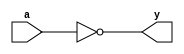
// input external delay: 4 ns
// in delay: 0.011365 ns
// input delay: 0.010861 ns
// output delay: 0.175128 ns
// out delay: 0.000627 ns
// total extra delay: 4.197981 ns
// critical path time: 4.764360 ns
// total inverter delay needed: 4.764360 - 4.197981 = 0.566379 ns
// average one inverter delay: 0.03012 ns
// inverters needed: 14

module inverter(input wire a, output wire y);
    not (y, a);
endmodule

module frontend_replica(input wire in, output wire out);
	wire [12:0] interconnections; // Wires to connect inverters

    // Instantiate 14 inverters and chain them
	inverter inv0(in, interconnections[0]);
	inverter inv1(interconnections[0], interconnections[1]);
	inverter inv2(interconnections[1], interconnections[2]);
	inverter inv3(interconnections[2], interconnections[3]);
	inverter inv4(interconnections[3], interconnections[4]);
	inverter inv5(interconnections[4], interconnections[5]);
	inverter inv6(interconnections[5], interconnections[6]);
	inverter inv7(interconnections[6], interconnections[7]);
	inverter inv8(interconnections[7], interconnections[8]);
	inverter inv9(interconnections[8], interconnections[9]);
	inverter inv10(interconnections[9], interconnections[10]);
	inverter inv11(interconnections[10], interconnections[11]);
	inverter inv12(interconnections[11], interconnections[12]);
	inverter inv13(interconnections[12], out);
endmodule